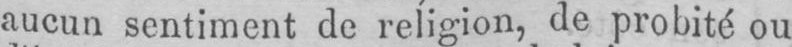
aucun sentiment de religion, de probité ou